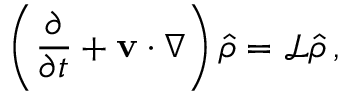
\left( \frac { \partial } { \partial t } + { \bf v } \cdot \nabla \right) \hat { \rho } = \mathcal { L } \hat { \rho } \, ,